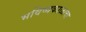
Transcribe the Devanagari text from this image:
भविष्यकाळाचा